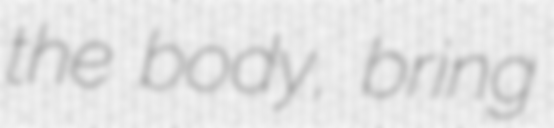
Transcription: the body, bring